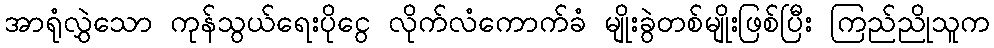
အာရုံလွှဲသော ကုန်သွယ်ရေးပိုငွေ လိုက်လံကောက်ခံ မျိုးခွဲတစ်မျိုးဖြစ်ပြီး ကြည်ညိုသူက